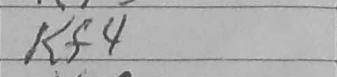
Transcription: Kf4